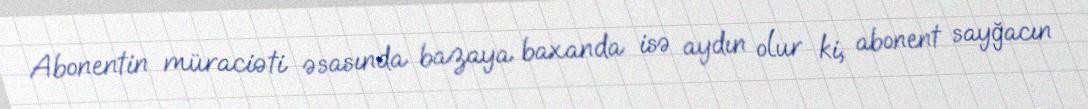
Abonentin müraciəti əsasında bazaya baxanda isə aydın olur ki, abonent sayğacın